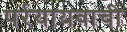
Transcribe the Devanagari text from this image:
पर्रयायवाची